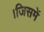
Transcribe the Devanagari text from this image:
।जिसमें